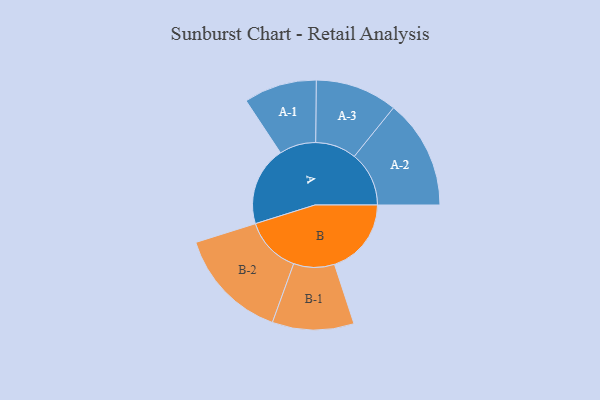
{"axis": {"x": "Segment", "y": "Value"}, "legend": ["", "A", "B"], "data": [{"x": "A", "y": 382, "type": ""}, {"x": "B", "y": 371, "type": ""}, {"x": "A-1", "y": 176, "type": "A"}, {"x": "A-2", "y": 264, "type": "A"}, {"x": "A-3", "y": 198, "type": "A"}, {"x": "B-1", "y": 197, "type": "B"}, {"x": "B-2", "y": 272, "type": "B"}]}